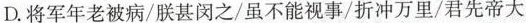
D.将军年老被病/朕甚闵之/虽不能视事/折冲万里/君先帝大